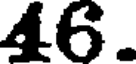
46.